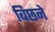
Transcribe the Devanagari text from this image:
बिछने